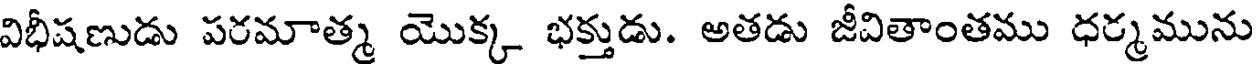
విభీషణుడు పరమాత్మ యొక్క భక్తుడు. అతడు జీవితాంతము ధర్మమును